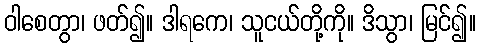
ဝါစေတွာ၊ ဖတ်၍။ ဒါရကေ၊ သူငယ်တို့ကို။ ဒိသွာ၊ မြင်၍။